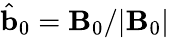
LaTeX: \hat{\mathbf{b}}_{0}=\mathbf{B}_{0}/|\mathbf{B}_{0}|